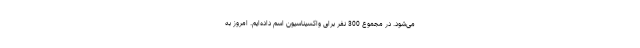
می‌شود. در مجموع 300 نفر برای واکسیناسیون اسم داده‌ایم. امروز به